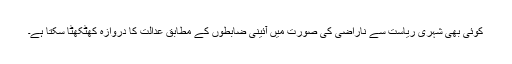
کوئی بھی شہری ریاست سے ناراضی کی صورت میں آئینی ضابطوں کے مطابق عدالت کا دروازہ کھٹکھٹا سکتا ہے۔